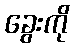
ခွေးကို